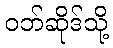
ဝဘ်ဆိုဒ်သို့